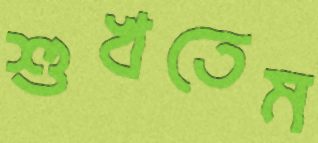
শুখতেম